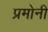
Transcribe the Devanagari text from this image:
प्रमोनी